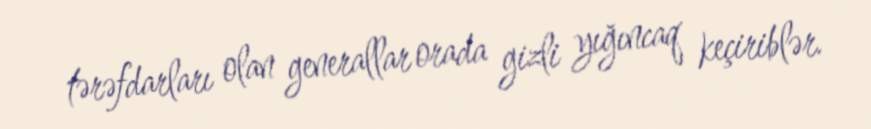
tərəfdarları olan generallar orada gizli yığıncaq keçiriblər.